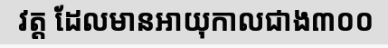
វត្ត ដែលមានអាយុកាលជាង៣០០